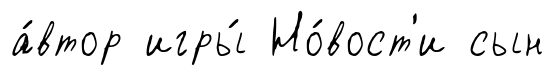
а́втор игры́ Но́вост'и сын